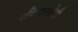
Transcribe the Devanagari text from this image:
परिवारसेवी